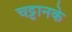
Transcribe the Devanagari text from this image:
चट्टानके